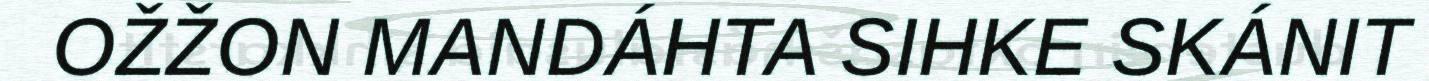
OŽŽON MANDÁHTA SIHKE SKÁNIT